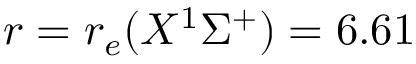
r = r _ { e } ( X ^ { 1 } \Sigma ^ { + } ) = 6 . 6 1